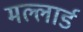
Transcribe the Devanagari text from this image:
मल्लार्ड